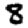
Digit: 8